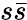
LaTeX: s\bar{s}